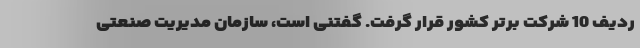
ردیف 10 شرکت برتر کشور قرار گرفت. گفتنی است، سازمان مدیریت صنعتی